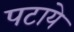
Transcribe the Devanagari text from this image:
पटाये